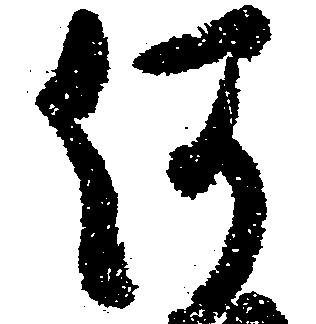
何